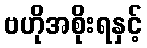
ဗဟိုအစိုးရနှင့်